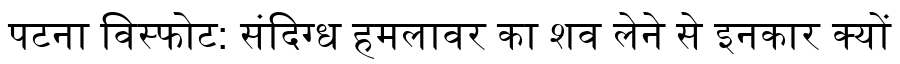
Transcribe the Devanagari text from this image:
पटना विस्फोट: संदिग्ध हमलावर का शव लेने से इनकार क्यों